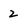
Character: 2